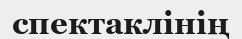
спектаклінің